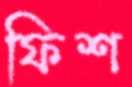
ফিশ